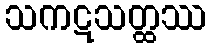
သကဋသတ္ထဿ